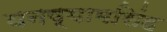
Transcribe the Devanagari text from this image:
घनष्यामसिंह